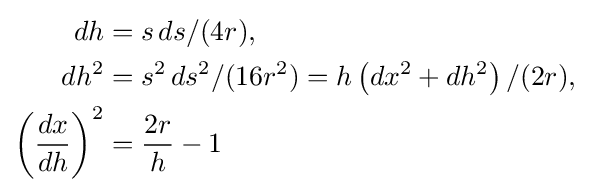
{\begin{aligned}dh&=s\,ds/(4r),\\dh^{2}&=s^{2}\,ds^{2}/(16r^{2})=h\left(dx^{2}+dh^{2}\right)/(2r),\\\left({\frac {dx}{dh}}\right)^{2}&={\frac {2r}{h}}-1\end{aligned}}